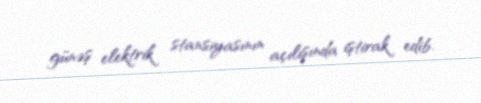
günəş elektrik stansiyasının açılışında iştirak edib.